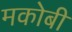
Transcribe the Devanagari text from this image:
मकोबी